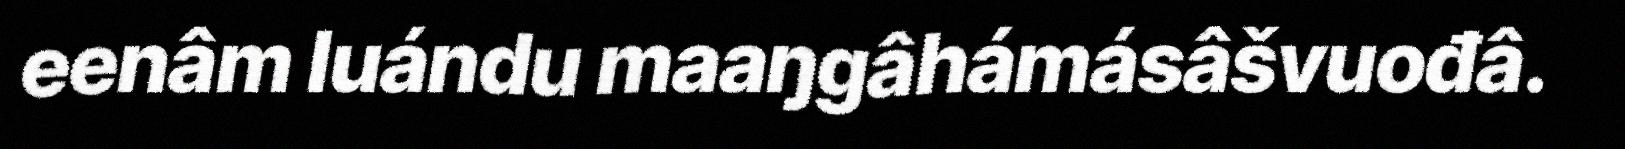
eenâm luándu maaŋgâhámásâšvuođâ.